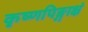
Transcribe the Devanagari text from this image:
कृष्णपिङ्गाक्षं